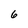
Character: 6